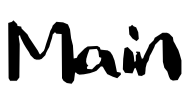
Text: Main
Cross-out: clean
Writing tool: digital_black